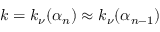
k = k _ { \nu } ( \alpha _ { n } ) \approx k _ { \nu } ( \alpha _ { n - 1 } )